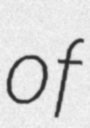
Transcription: of